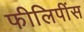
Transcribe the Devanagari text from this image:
फीलिपींस